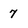
Character: 7